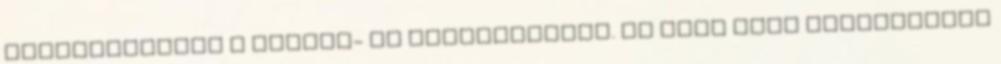
környezetében a növény- és állatvilágot. Az első nagy fordulópont